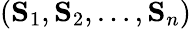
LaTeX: (\mathbf{S}_{1},\mathbf{S}_{2},\ldots,\mathbf{S}_{n})